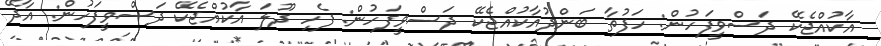
އާކުއްޖެކޭ ދަސްވީފަހުން: ހަފުތާ ބަންދުއާކުއްޖެކޭ ދަސްވީފަހުން: ފެހި ދޫލަ އާކުއްޖެކޭ ދަސްވީފަހުން: އާދޭ